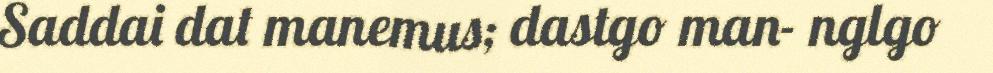
Saddai dat manemus; dastgo man- nglgo